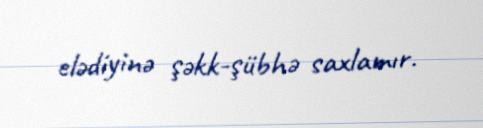
elədiyinə şəkk-şübhə saxlamır.